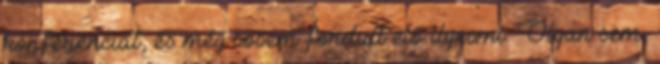
konferenciát, és még sosem fordult elő ilyesmi. Olyan sem,